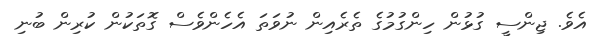
އެވެ. ޖިންސީ ގުޅުން ހިންގުމުގެ ތެރެއިން ނުވަތަ އެހެންވެސް ގޮތަކުން ކުރިން ބުނި